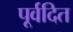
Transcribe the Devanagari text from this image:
पूर्वदित